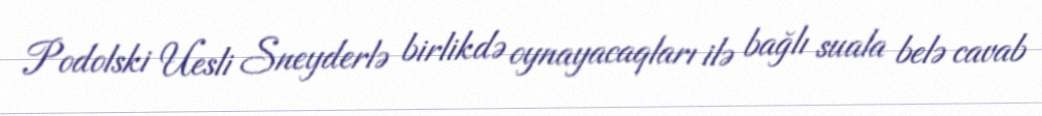
Podolski Uesli Sneyderlə birlikdə oynayacaqları ilə bağlı suala belə cavab